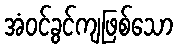
အံဝင်ခွင်ကျဖြစ်သော